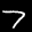
Label: 7